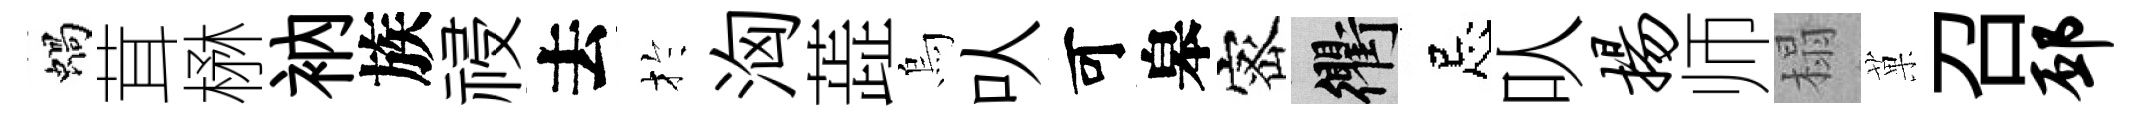
蝸茸楙衲族祲去扵洶蕋烏㕥可皋宻衢忌㕥扬师榻菓召邳